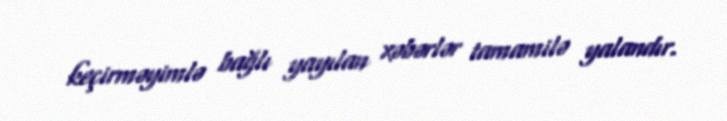
keçirməyimlə bağlı yayılan xəbərlər tamamilə yalandır.